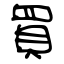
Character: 買